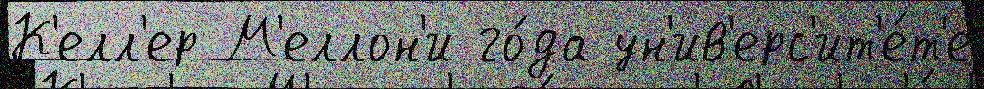
К'елл'ер М'еллон'и го́да ун'ив'ерс'ит'е́т'е